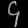
Digit: ၄